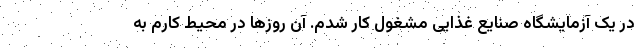
در یک آزمایشگاه صنایع غذایی مشغول کار شدم. آن روزها در محیط کارم به